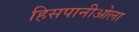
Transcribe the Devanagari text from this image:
हिसपानीओला